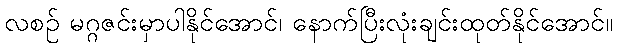
လစဉ် မဂ္ဂဇင်းမှာပါနိုင်အောင်၊ နောက်ပြီးလုံးချင်းထုတ်နိုင်အောင်။